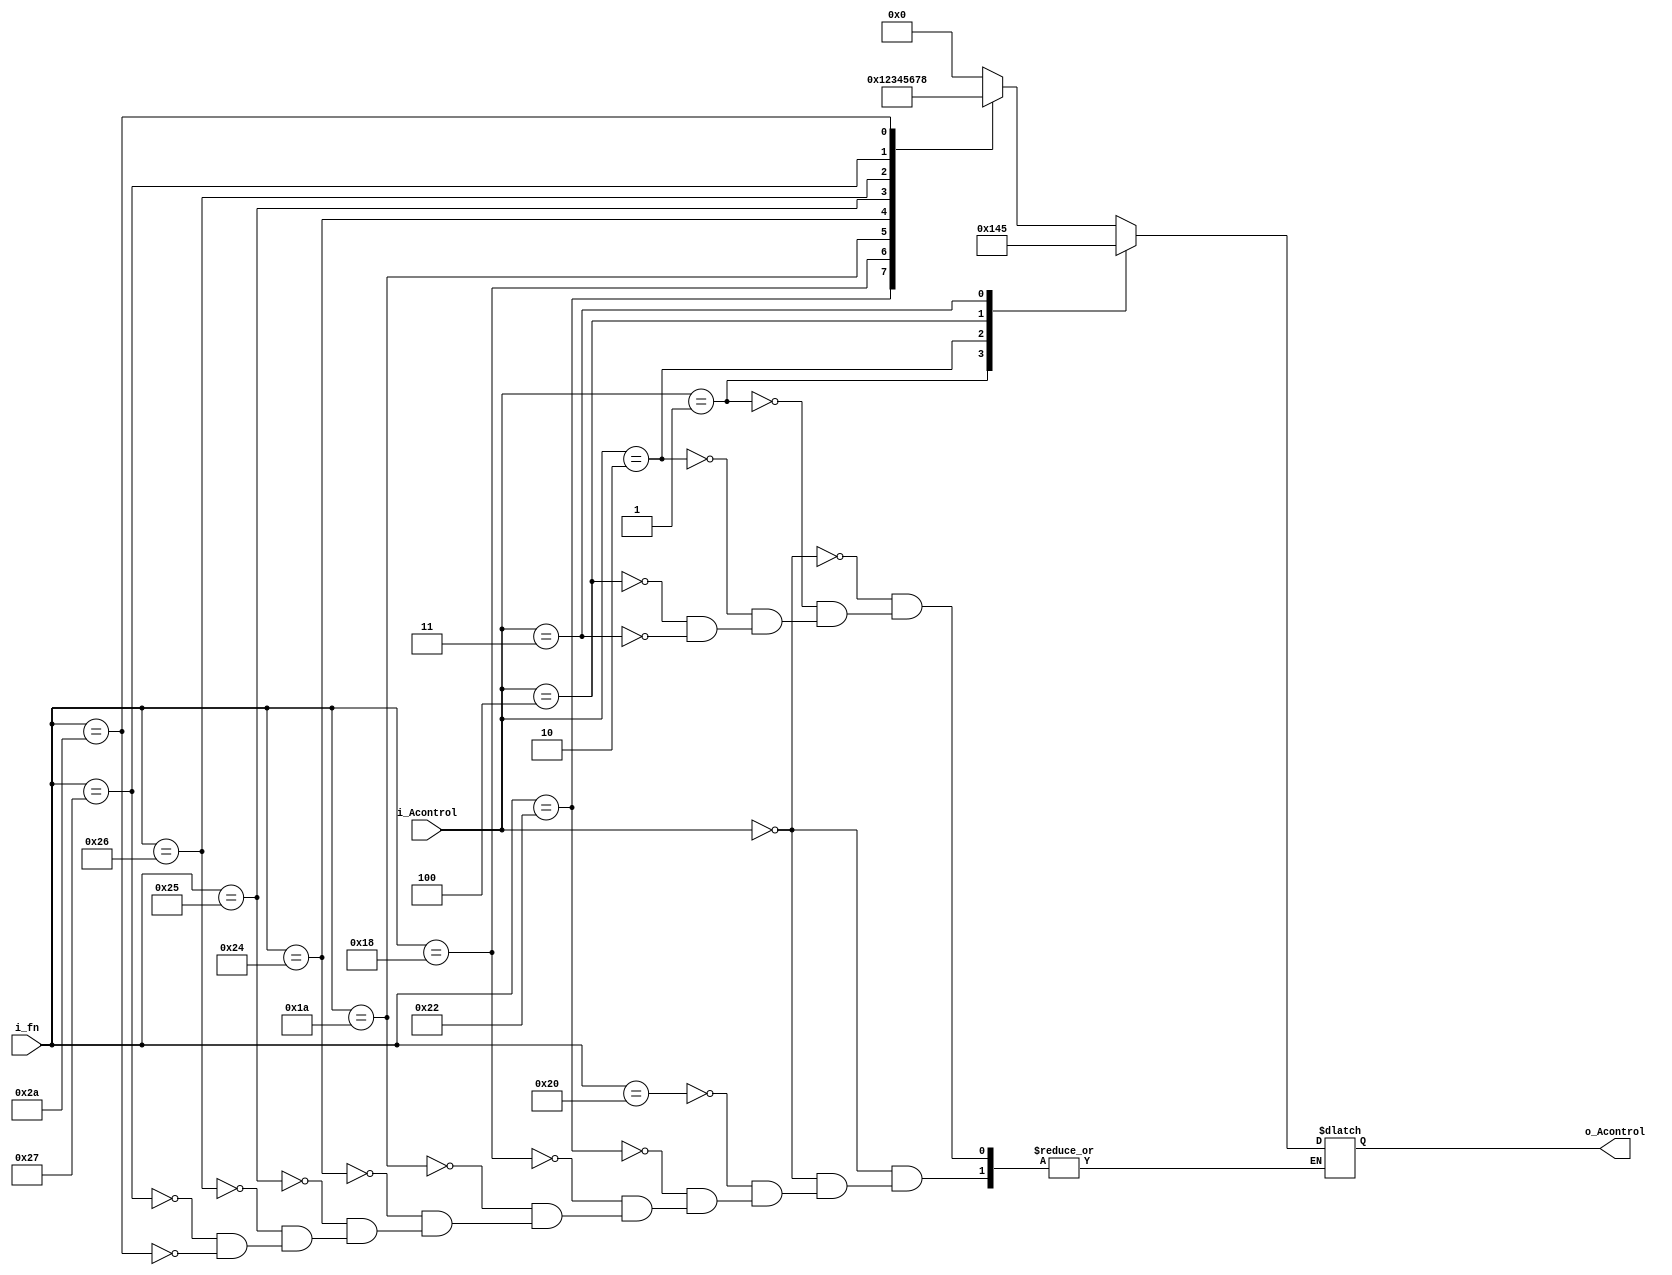
`timescale 1ns/1ps

module ALUControl(
	input [2:0] i_Acontrol,
	input [5:0] i_fn,
	output reg [3:0] o_Acontrol
);

always @(*)
	begin
		case(i_Acontrol)
			3'b000:
				begin
					case(i_fn)
						//ADD
						6'b100000:
							begin
								o_Acontrol = 4'b0000;
							end
						//SUB
						6'b100010:
							begin
								o_Acontrol = 4'b0001;
							end
						//MUL
						6'b011000:
							begin
								o_Acontrol = 4'b0010;
							end
						//DIV
						6'b011010:
							begin
								o_Acontrol = 4'b0011;
							end
						//AND
						6'b100100:
							begin
								o_Acontrol = 4'b0100;
							end
						//OR
						6'b100101:
							begin
								o_Acontrol = 4'b0101;
							end
						//XOR
						6'b100110:
							begin
								o_Acontrol = 4'b0110;
							end
						//NOR
						6'b100111:
							begin
								o_Acontrol = 4'b0111;
							end
						//SLT(Set if Less Than)
						6'b101010:
							begin
								o_Acontrol = 4'b1000;
							end
					endcase
				end
			//Sumar
			3'b001:
				begin
					o_Acontrol = 4'b0000;
				end
			//Restar
			3'b010:
				begin
					o_Acontrol = 4'b0001;
				end
			//AND
			3'b100:
				begin
					o_Acontrol = 4'b0100;
				end
			//OR
			3'b011:
				begin
					o_Acontrol = 4'b0101;
				end
		endcase
	end

endmodule